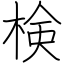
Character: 検